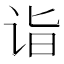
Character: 诣